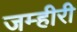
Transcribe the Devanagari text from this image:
जम्हीरी